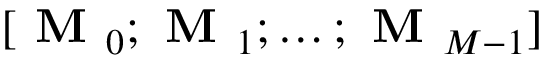
[ \textbf { M } _ { 0 } ; \textbf { M } _ { 1 } ; \ldots ; \textbf { M } _ { M - 1 } ]